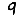
Digit: 9